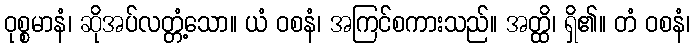
ဝုစ္စမာနံ၊ ဆိုအပ်လတ္တံ့သော။ ယံ ဝစနံ၊ အကြင်စကားသည်။ အတ္ထိ၊ ရှိ၏။ တံ ဝစနံ၊